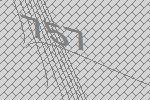
757